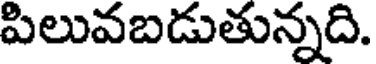
పిలువబడుతున్నది.